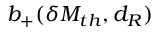
b _ { + } ( \delta M _ { t h } , d _ { R } )